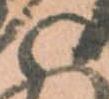
と